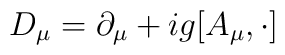
D_{\mu} = \partial_{\mu} + i g [A_{\mu}, \cdot ]